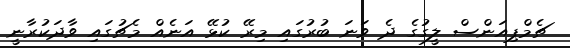
ޗެމްޕިއަންސް ލީގުގެ ދެ ވަނަ ބުރުގައި މިރޭ ކުޅޭ އަނެއް މެޗުގައި ވާދަކުރާނީ